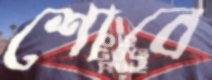
শোবে